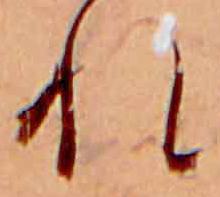
れ